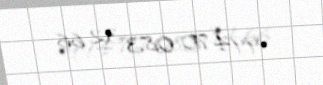
+994 70 083 32 66